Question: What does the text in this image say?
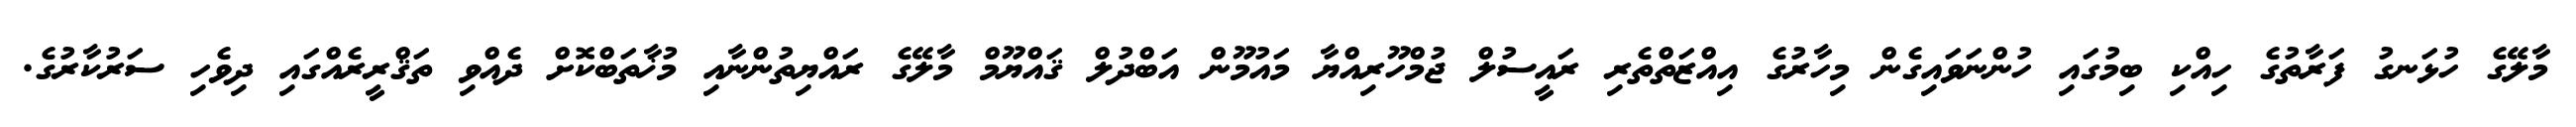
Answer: މާލޭގެ ހުޅަނގު ފަރާތުގެ ހިއްކި ބިމުގައި ހުންނަވައިގެން މިހާރުގެ އިއްޒަތްތެރި ރައީސުލް ޖުމްހޫރިއްޔާ މައުމޫން އަބްދުލް ޤައްޔޫމް މާލޭގެ ރައްޔިތުންނާއި މުޚާތަބްކޮށް ދެއްވި ތަޤްރީރެއްގައި ދިވެހި ސަރުކާރުގެ.